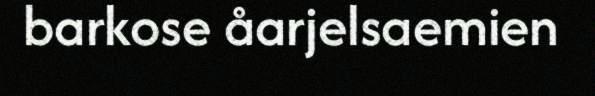
barkose åarjelsaemien